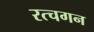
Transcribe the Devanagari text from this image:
रत्चगन